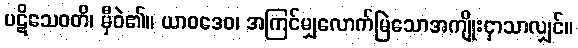
ပဋိသေဝတိ၊ မှီဝဲ၏။ ယာဝဒေဝ၊ အကြင်မျှလောက်မြဲသောအကျိုးငှာသာလျှင်။